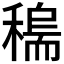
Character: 𥡼